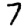
Digit: 7